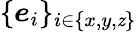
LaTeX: \{ \boldsymbol{e}_{i}\} _{i\in\{ x,y,\mathit{z}\} }